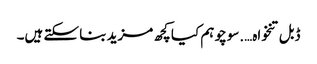
ڈبل تنخواہ….سوچو ہم کیا کچھ مزید بنا سکتے ہیں۔